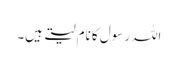
اللہ رسول کا نام لیتے ہیں۔